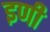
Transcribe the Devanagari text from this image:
इणी